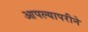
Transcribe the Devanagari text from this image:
आपल्यापरीने